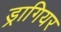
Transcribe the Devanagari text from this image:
ड्रागियर